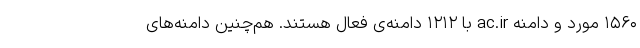
۱۵۶۰ مورد و دامنه ac.ir با ۱۲۱۲ دامنه‌ی فعال هستند. هم‌چنین دامنه‌های